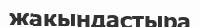
жақындастыра